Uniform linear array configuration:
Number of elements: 12
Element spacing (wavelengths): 1
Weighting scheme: blackman
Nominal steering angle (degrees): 0
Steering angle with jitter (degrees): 0.1121
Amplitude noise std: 0.05
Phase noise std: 0.05

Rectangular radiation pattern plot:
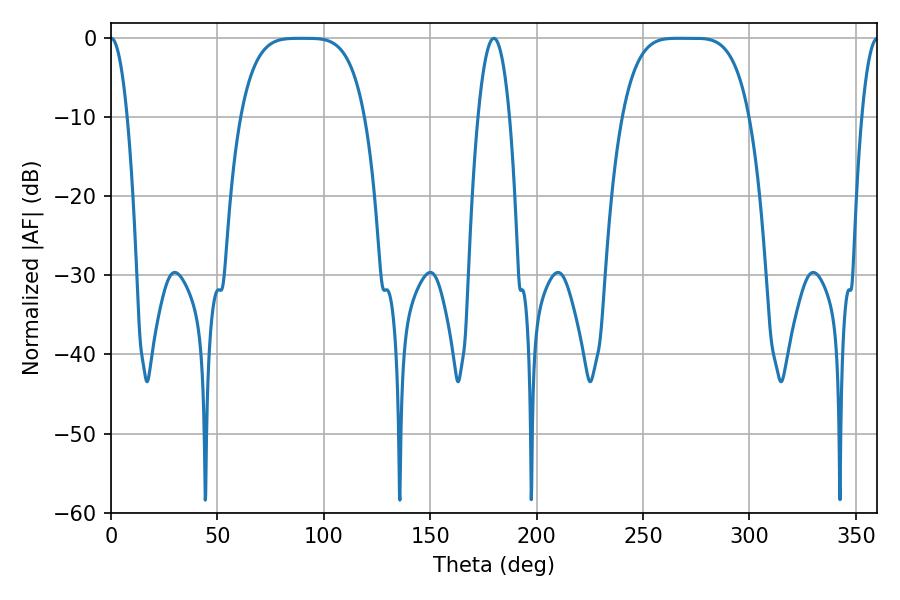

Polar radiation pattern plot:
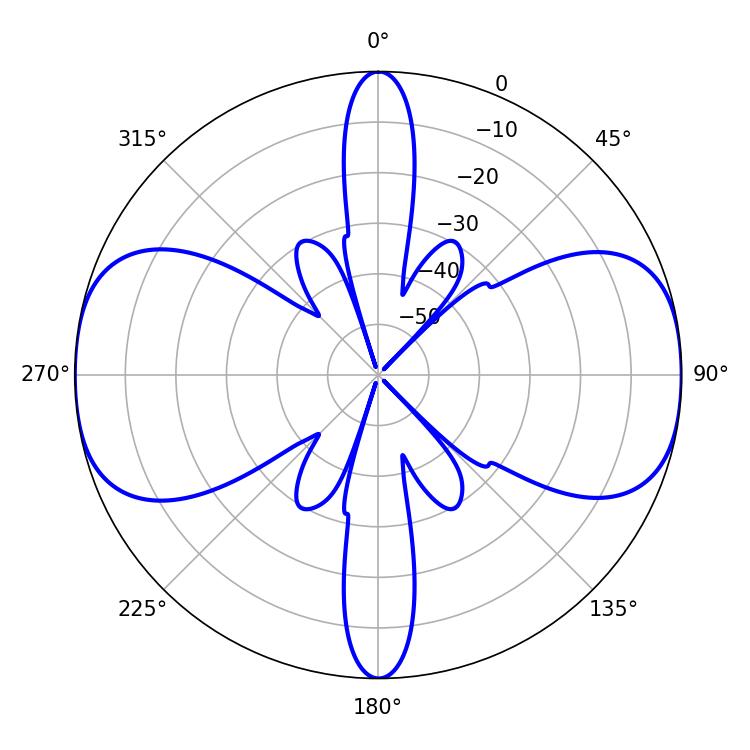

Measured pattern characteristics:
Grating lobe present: TRUE
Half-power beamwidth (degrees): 44.64
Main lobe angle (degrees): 266.4